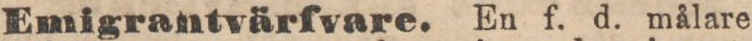
Emigrantvärfvare. En f. d. målare